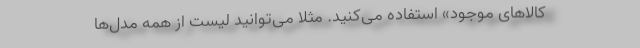
کالاهای موجود» استفاده می‌کنید. مثلا می‌توانید لیست از همه مدل‌ها